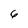
Character: 6